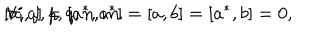
LaTeX: [ a , a ] = [ a ^ { * } , a ^ { * } ] = [ a , b ] = [ a ^ { * } , b ] = 0 , \hspace { 5 m m } \forall i , j , p , q , n , m .